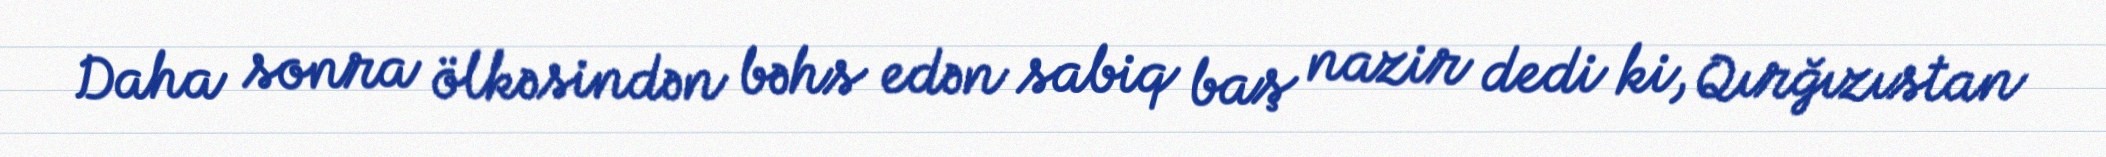
Daha sonra ölkəsindən bəhs edən sabiq baş nazir dedi ki, Qırğızıstan